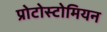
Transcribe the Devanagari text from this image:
प्रोटोस्टोमियन